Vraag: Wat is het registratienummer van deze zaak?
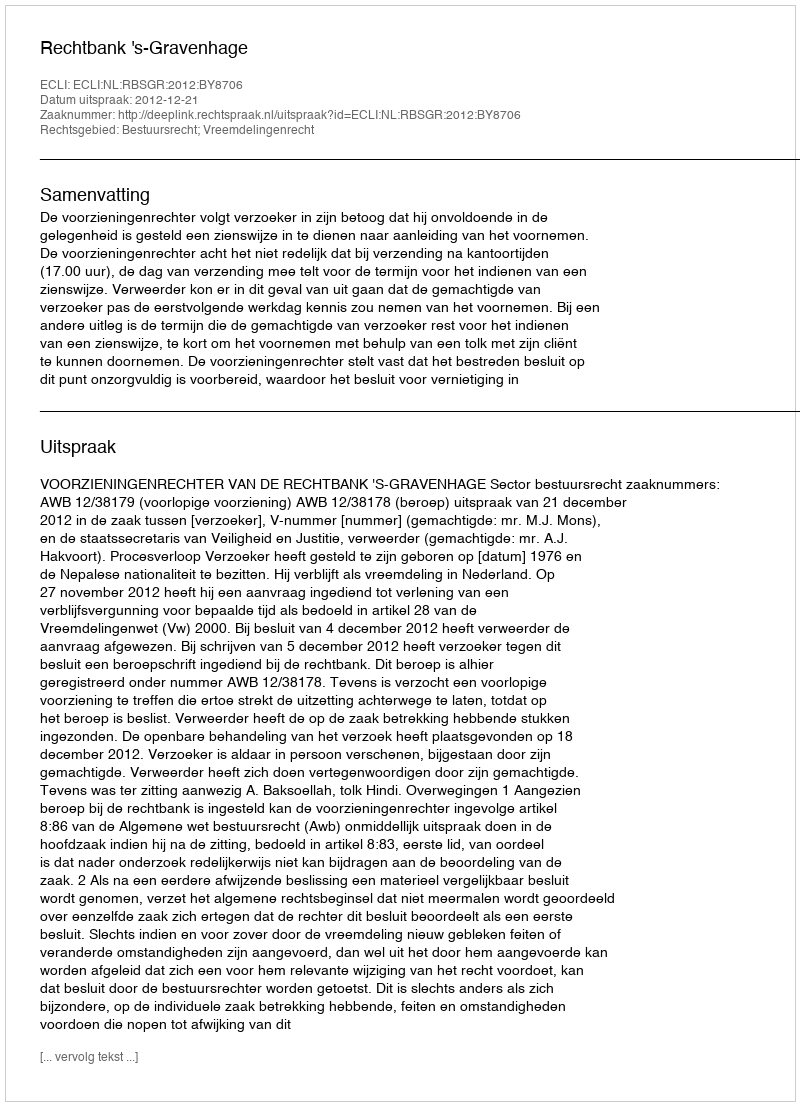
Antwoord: http://deeplink.rechtspraak.nl/uitspraak?id=ECLI:NL:RBSGR:2012:BY8706